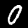
Label: 0